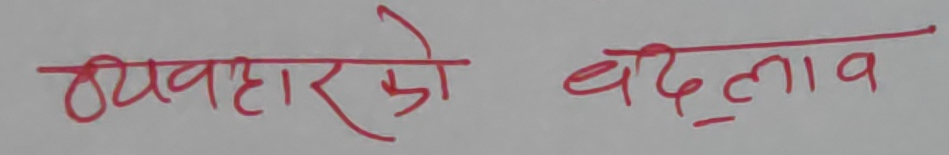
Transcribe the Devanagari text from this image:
व्यवहारको बदलाव